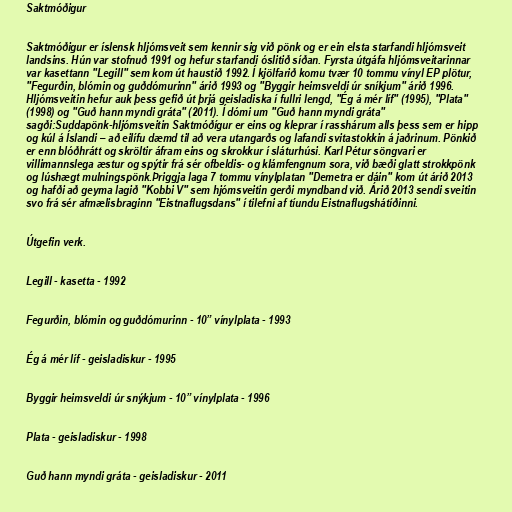
Saktmóðigur

Saktmóðigur er íslensk hljómsveit sem kennir sig við pönk og er ein elsta starfandi hljómsveit
landsins. Hún var stofnuð 1991 og hefur starfandi óslitið síðan. Fyrsta útgáfa hljómsveitarinnar
var kasettann "Legill" sem kom út haustið 1992. Í kjölfarið komu tvær 10 tommu vínyl EP plötur,
"Fegurðin, blómin og guðdómurinn" árið 1993 og "Byggir heimsveldi úr sníkjum" árið 1996.
Hljómsveitin hefur auk þess gefið út þrjá geisladiska í fullri lengd, "Ég á mér líf" (1995), "Plata"
(1998) og "Guð hann myndi gráta" (2011). Í dómi um "Guð hann myndi gráta"
sagði:Suddapönk-hljómsveitin Saktmóðígur er eins og kleprar í rasshárum alls þess sem er hipp
og kúl á Íslandi – að eilífu dæmd til að vera utangarðs og lafandi svitastokkin á jaðrinum. Pönkið
er enn blóðhrátt og skröltir áfram eins og skrokkur í sláturhúsi. Karl Pétur söngvari er
villimannslega æstur og spýtir frá sér ofbeldis- og klámfengnum sora, við bæði glatt strokkpönk
og lúshægt mulningspönk.Þriggja laga 7 tommu vínylplatan "Demetra er dáin" kom út árið 2013
og hafði að geyma lagið "Kobbi V" sem hjómsveitin gerði myndband við. Árið 2013 sendi sveitin
svo frá sér afmælisbraginn "Eistnaflugsdans" í tilefni af tíundu Eistnaflugshátíðinni.

Útgefin verk.

Legill - kasetta - 1992

Fegurðin, blómin og guðdómurinn - 10” vínylplata - 1993

Ég á mér líf - geisladiskur - 1995

Byggir heimsveldi úr snýkjum - 10” vínylplata - 1996

Plata - geisladiskur - 1998

Guð hann myndi gráta - geisladiskur - 2011